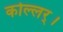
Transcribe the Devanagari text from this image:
कोल्लर्।